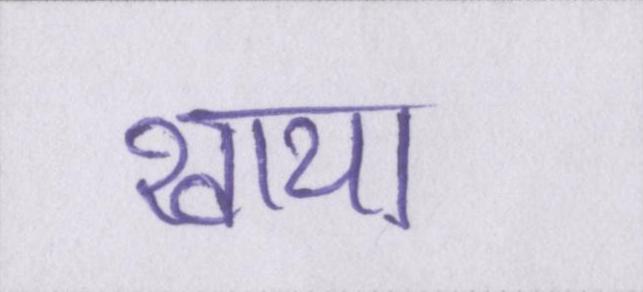
खाया